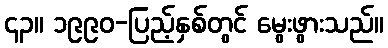
၄၃။ ၁၉၉၀-ပြည့်နှစ်တွင် မွေးဖွားသည်။